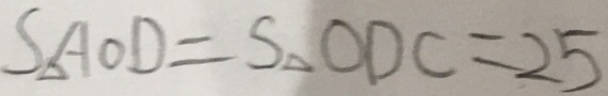
S _ { \Delta } A O D = S _ { \Delta } O D C = 2 5